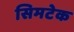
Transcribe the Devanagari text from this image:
सिमटेक